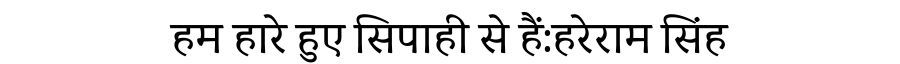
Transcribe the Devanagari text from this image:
हम हारे हुए सिपाही से हैं:हरेराम सिंह